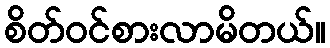
စိတ်ဝင်စားလာမိတယ်။